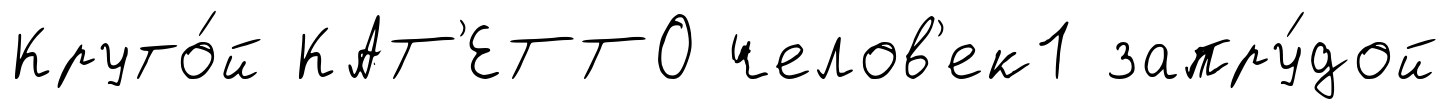
Круто́й КАТ'ЕТТО челов'ек1 запру́дой